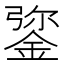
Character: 𨧮